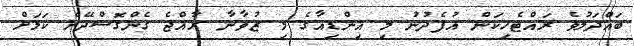
ބައްދަލުވެ ރައްޓެހިކަން އުފެދުނު މި އިންޑިއާގެ މި ޒުވާނާ ރާއްޖެ ގެންގޮސްދޭނެ ކަމަށް